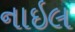
નાઇલ